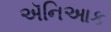
ઍનિઆક